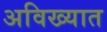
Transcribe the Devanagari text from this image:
अविख्यात